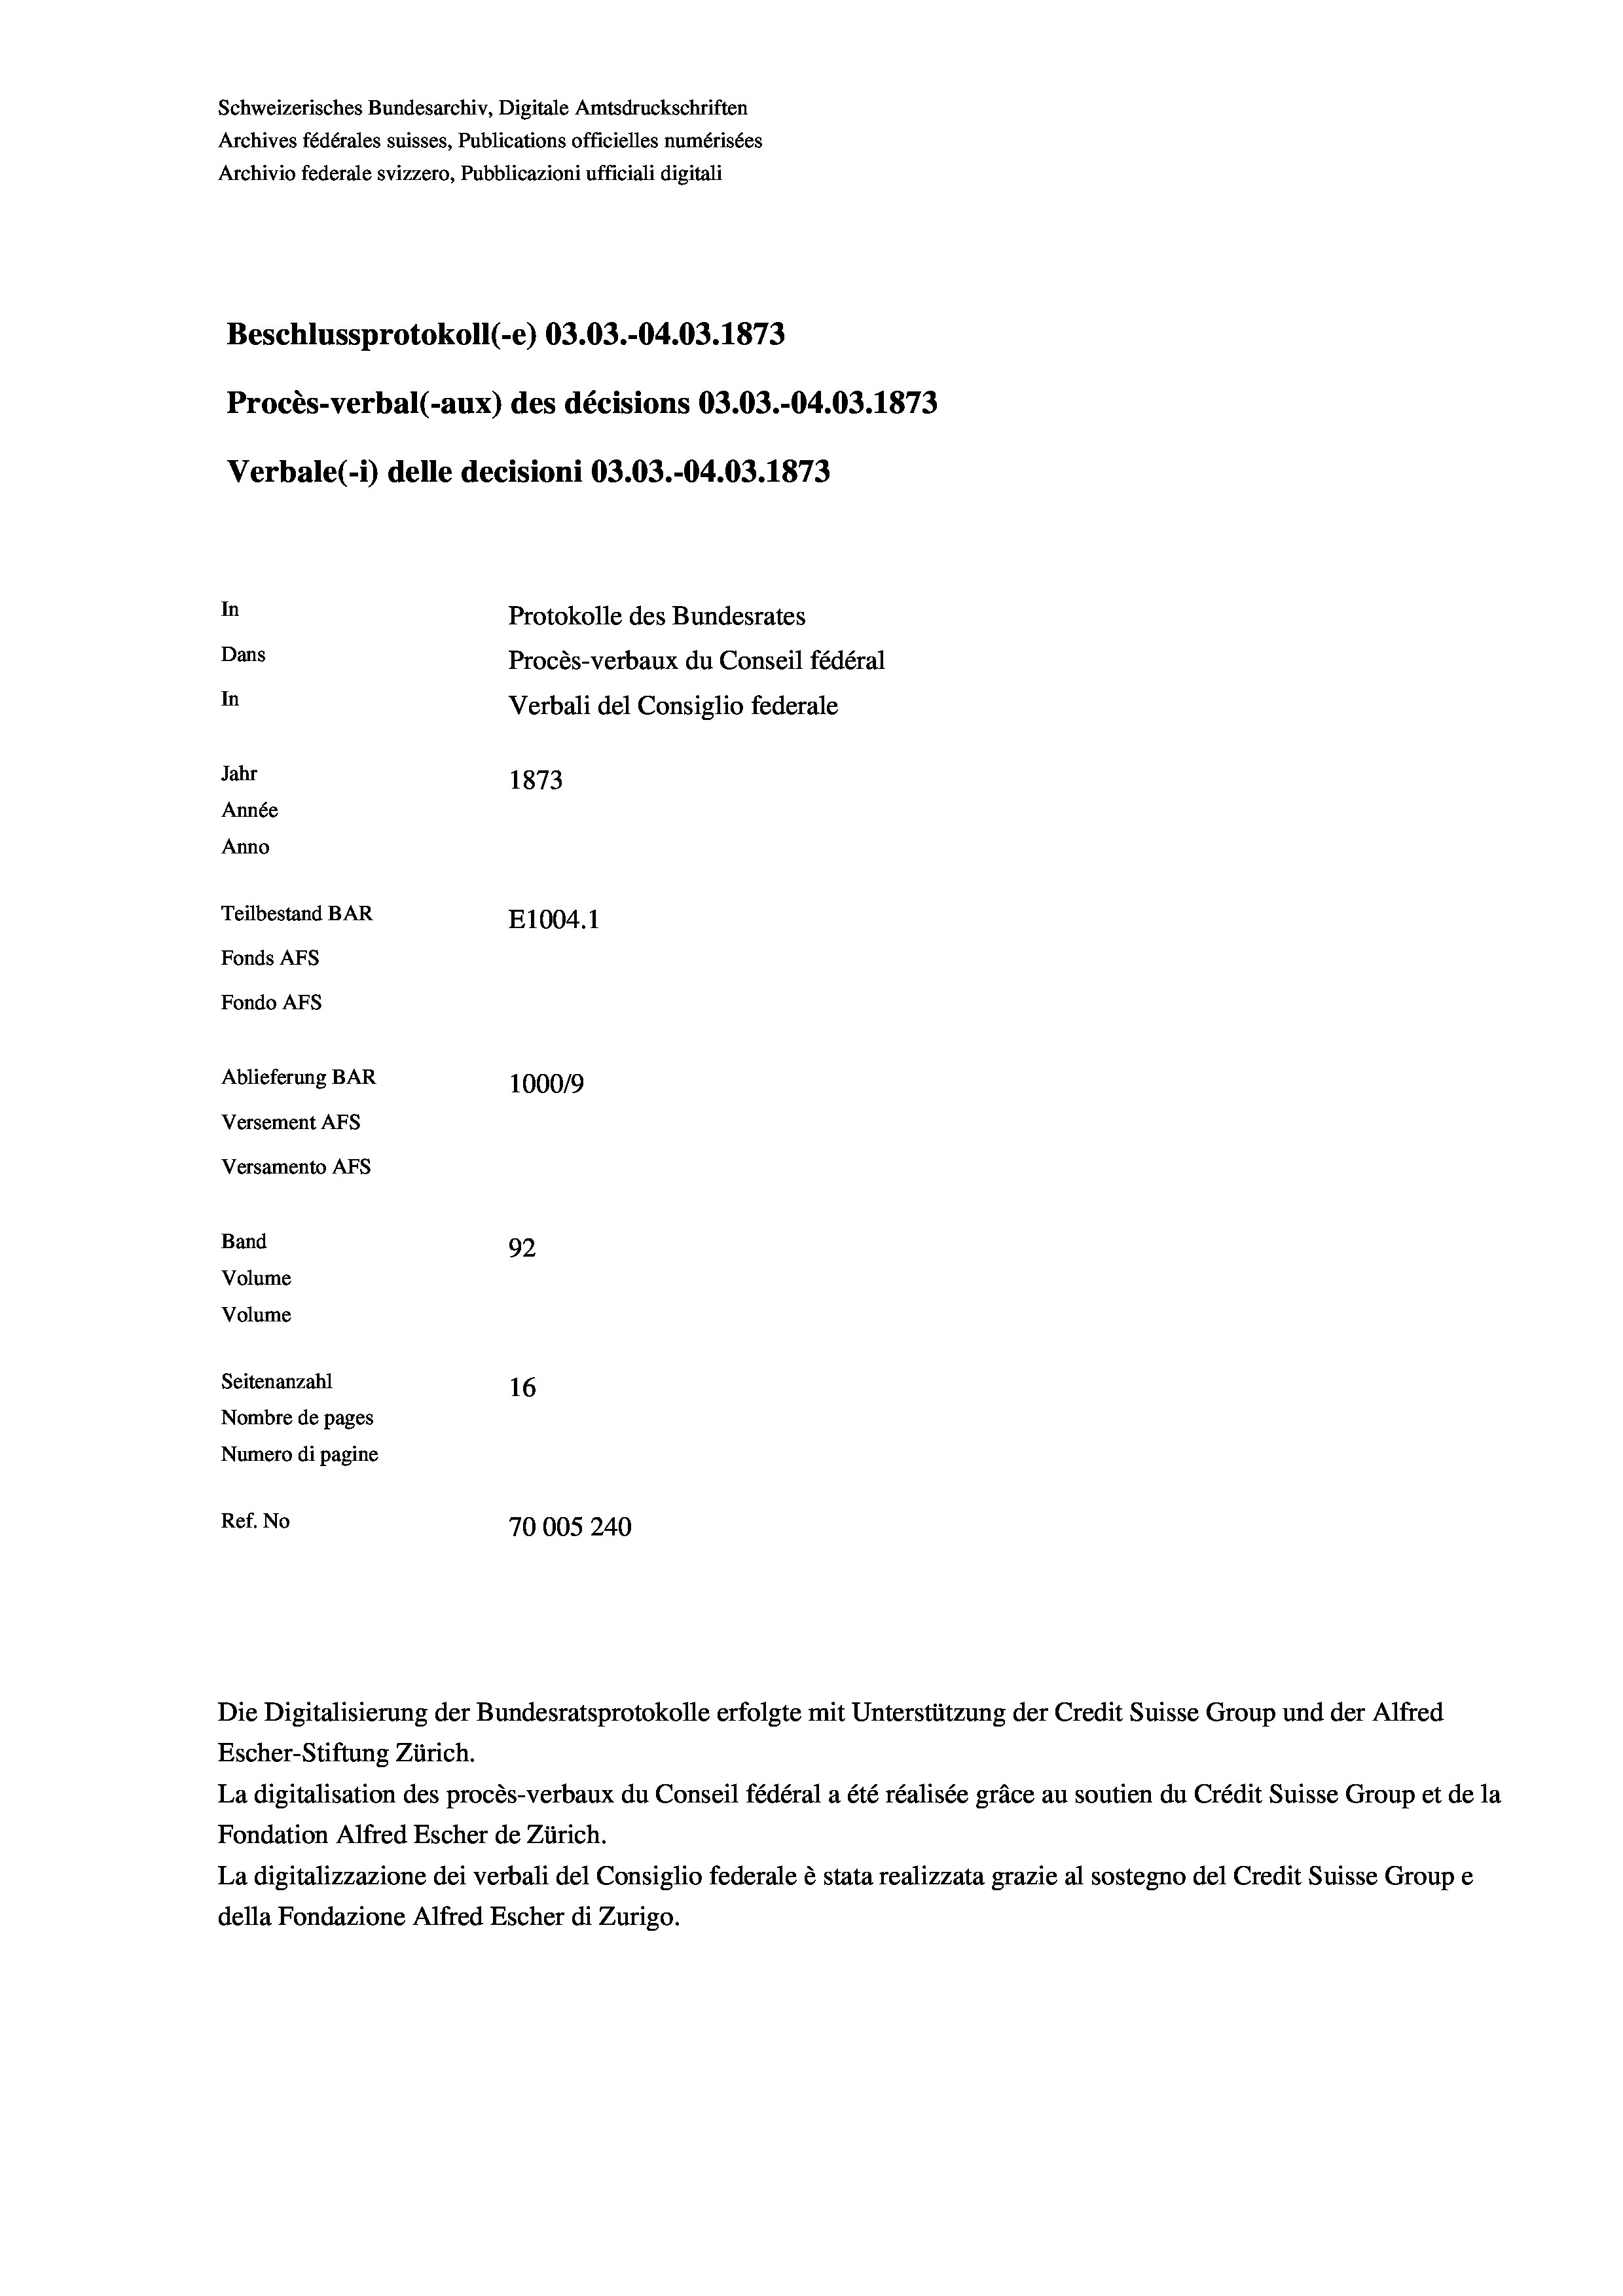
Schweizerisches Bundesarchiv, Digitale Amtsdruckschriften
Archives fédérales suisses, Publications officielles numérisées
Archivio federale svizzero, Pubblicazioni ufficiali digitali
Beschlussprotokoll (-e) 03.03.-04.03. 1873
Procès-verbal (-aux) des décisions 03.03.-04.03. 1873
Verbale(-*) delle decisioni 03.03.-04.03. 1873
In
Protokolle des Bundesrates
Dans
Procès-verbaux du Conseil fédéral
In
Verbali del Consiglio federale
Jahr
1873
Année
Anno
Teilbestand BAR
E1004.1
Fonds Afs
Fondo AFS
Ablieferung BAR
100019
Versement AFs
Versamento AFs
Band
92
Volume
Volume
Seitenanzahl
16

Nombre de pages
Numero di pagine
Ref. No
70005240

Escher-Stiftung Zürich.
La digitalisation des procès-verbaux du Conseil fédéral a été réalisée gräce au soutien du Crédit Suisse Group et de la
Fondation Alfred Escher de Zürich.
La digitalizzazione dei verbali del Consiglio federale è stata realizzata grazie al sostegno del Credit Suisse Groupe
della Fondazione Alfred Escher di Zurigo.

Die Digitalisierung der Bundesratsprotokolle erfolgte mit Unterstützung der Credit Suisse Group und der Alfred